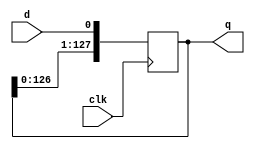
module z_sreg_1ton (d, clk, q);
/*   parameter inwidth = 1;*/
   parameter outwidth = 128;

   input clk;
/*   input [inwidth - 1:0] d;*/
   input d;
   output [outwidth-1:0] q;
   reg [outwidth-1:0] 	 q;

   integer index;
   
   always @ (posedge clk)
     begin
	q[0] <= d;
	for (index=1; index<(outwidth/2); index=index+1)
	  begin
	     q[index] <= q[index-1];
	  end

	for (index=(outwidth/2); index<(outwidth); index=index+1)
	  begin
	     q[index] <= q[index-1];
	  end
     end
endmodule // z_sreg_1ton

module z_regfile2 (d, clk, q);
   input [2:0] d;
   input       clk;
   output [2:0] q;
   reg [2:0] 	q;

	always @ (posedge clk)
	begin
	   q = d;
	end
endmodule // z_regfile2

module mux8_128bit (clk, sel, a, y);
   input clk ;
   input [2:0] sel;
   input [7:0] a;
   output [127:0]    y;
   reg [127:0] 	    y;
	
   wire [127:0]     reg_a0,reg_a1,reg_a2,reg_a3,reg_a4,reg_a5,reg_a6,reg_a7;
   wire [2:0] 	    reg_sel; 	    

   z_sreg_1ton u0 (.d(a[0]), .clk(clk), .q(reg_a0));
   z_sreg_1ton u1 (.d(a[1]), .clk(clk), .q(reg_a1));
   z_sreg_1ton u2 (.d(a[2]), .clk(clk), .q(reg_a2));
   z_sreg_1ton u3 (.d(a[3]), .clk(clk), .q(reg_a3));
   z_sreg_1ton u4 (.d(a[4]), .clk(clk), .q(reg_a4));
   z_sreg_1ton u5 (.d(a[5]), .clk(clk), .q(reg_a5));
   z_sreg_1ton u6 (.d(a[6]), .clk(clk), .q(reg_a6));
   z_sreg_1ton u7 (.d(a[7]), .clk(clk), .q(reg_a7));

   z_regfile2 u8 (.d(sel), .clk(clk), .q(reg_sel));

   always @(posedge clk)
     begin
	case(reg_sel)
	  0: y <= reg_a0;
	  1: y <= reg_a1;
	  2: y <= reg_a2;
	  3: y <= reg_a3;
	  4: y <= reg_a4;
	  5: y <= reg_a5;
	  6: y <= reg_a6;
	  7: y <= reg_a7;
	  default: y <= reg_a0;
	endcase
     end
endmodule